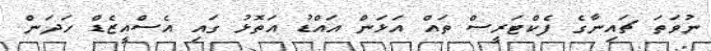
ނުވަތަ ޗައިނާގެ ފެކްޓަރީސް ތައް އަޅަން އައްޑު އަތޮޅު ގައި އެސްއީޒެޑް ހަދަން